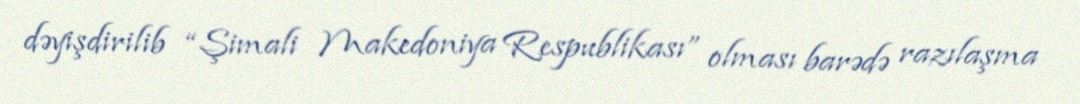
dəyişdirilib “Şimali Makedoniya Respublikası” olması barədə razılaşma